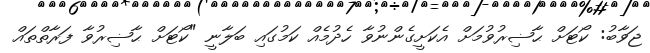
ޖަވާބު: ކޯޓަށް ޙާޟިރުވުމަށް އެކަށީގެންނުވާ ހެދުމެއް ކަމުގައި ބަލާނީ "ކޯޓަށް ޙާޟިރުވާ ފަރާތްތައް